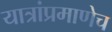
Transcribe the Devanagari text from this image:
यात्रांप्रमाणेच